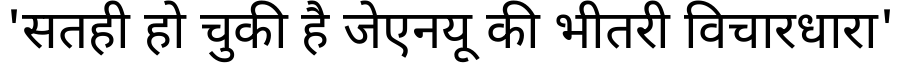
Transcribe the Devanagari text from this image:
'सतही हो चुकी है जेएनयू की भीतरी विचारधारा'